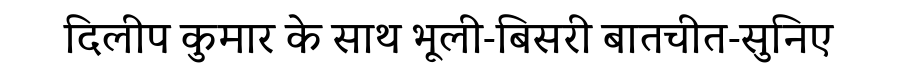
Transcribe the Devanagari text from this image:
दिलीप कुमार के साथ भूली-बिसरी बातचीत-सुनिए